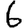
Digit: 6